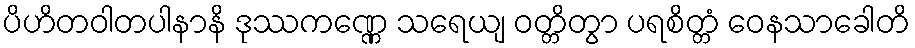
ပိဟိတဝါတပါနာနိ ဒုဿကဏ္ဏေ သရေယျ ဝတ္တိတွာ ပရစိတ္တံ ဝေနသာခေါတိ